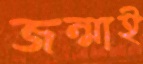
জন্মাই